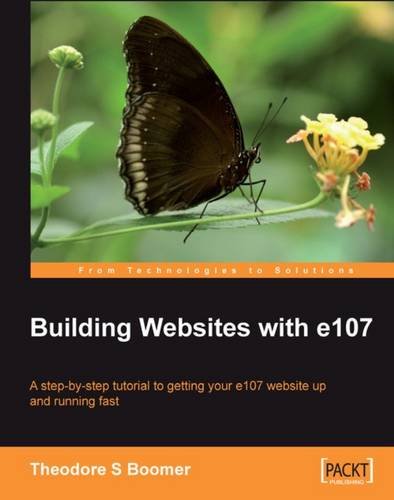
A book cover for Building Websites with e107: A step by step tutorial to getting your e107 website up and running fast; Tad Boomer; Computers & Technology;